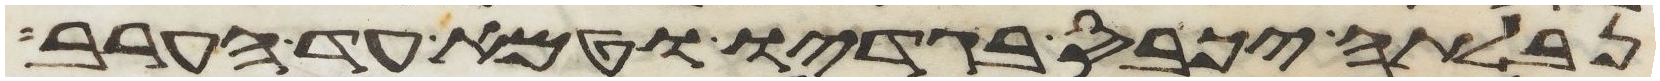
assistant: נבלתה יכבס בגדיו וטמא עד הערב